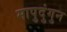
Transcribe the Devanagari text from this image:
मापुदुंगुन